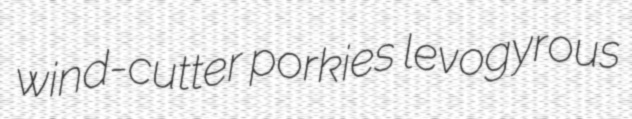
wind-cutter porkies levogyrous